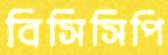
বিসিসিপি